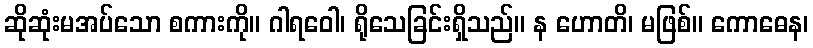
ဆိုဆုံးမအပ်သော စကားကို။ ဂါရဝေါ၊ ရိုသေခြင်းရှိသည်။ န ဟောတိ၊ မဖြစ်။ ကောဓေန၊